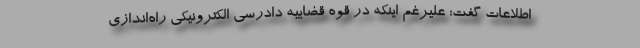
اطلاعات گفت: علیرغم اینکه در قوه قضاییه دادرسی الکترونیکی راه‌اندازی